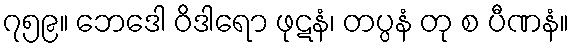
၇၅၉။ ဘေဒေါ ဝိဒါရော ဖုဋနံ၊ တပ္ပနံ တု စ ပီဏနံ။